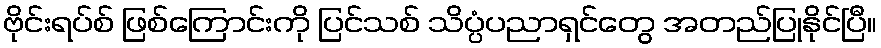
ဗိုင်းရပ်စ် ဖြစ်ကြောင်းကို ပြင်သစ် သိပ္ပံပညာရှင်တွေ အတည်ပြုနိုင်ပြီ။